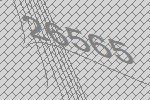
26565